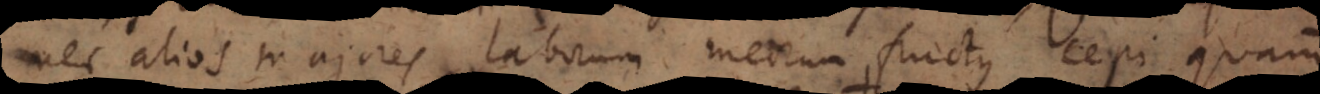
e alios majores laborum meorum fructus cepi, quam